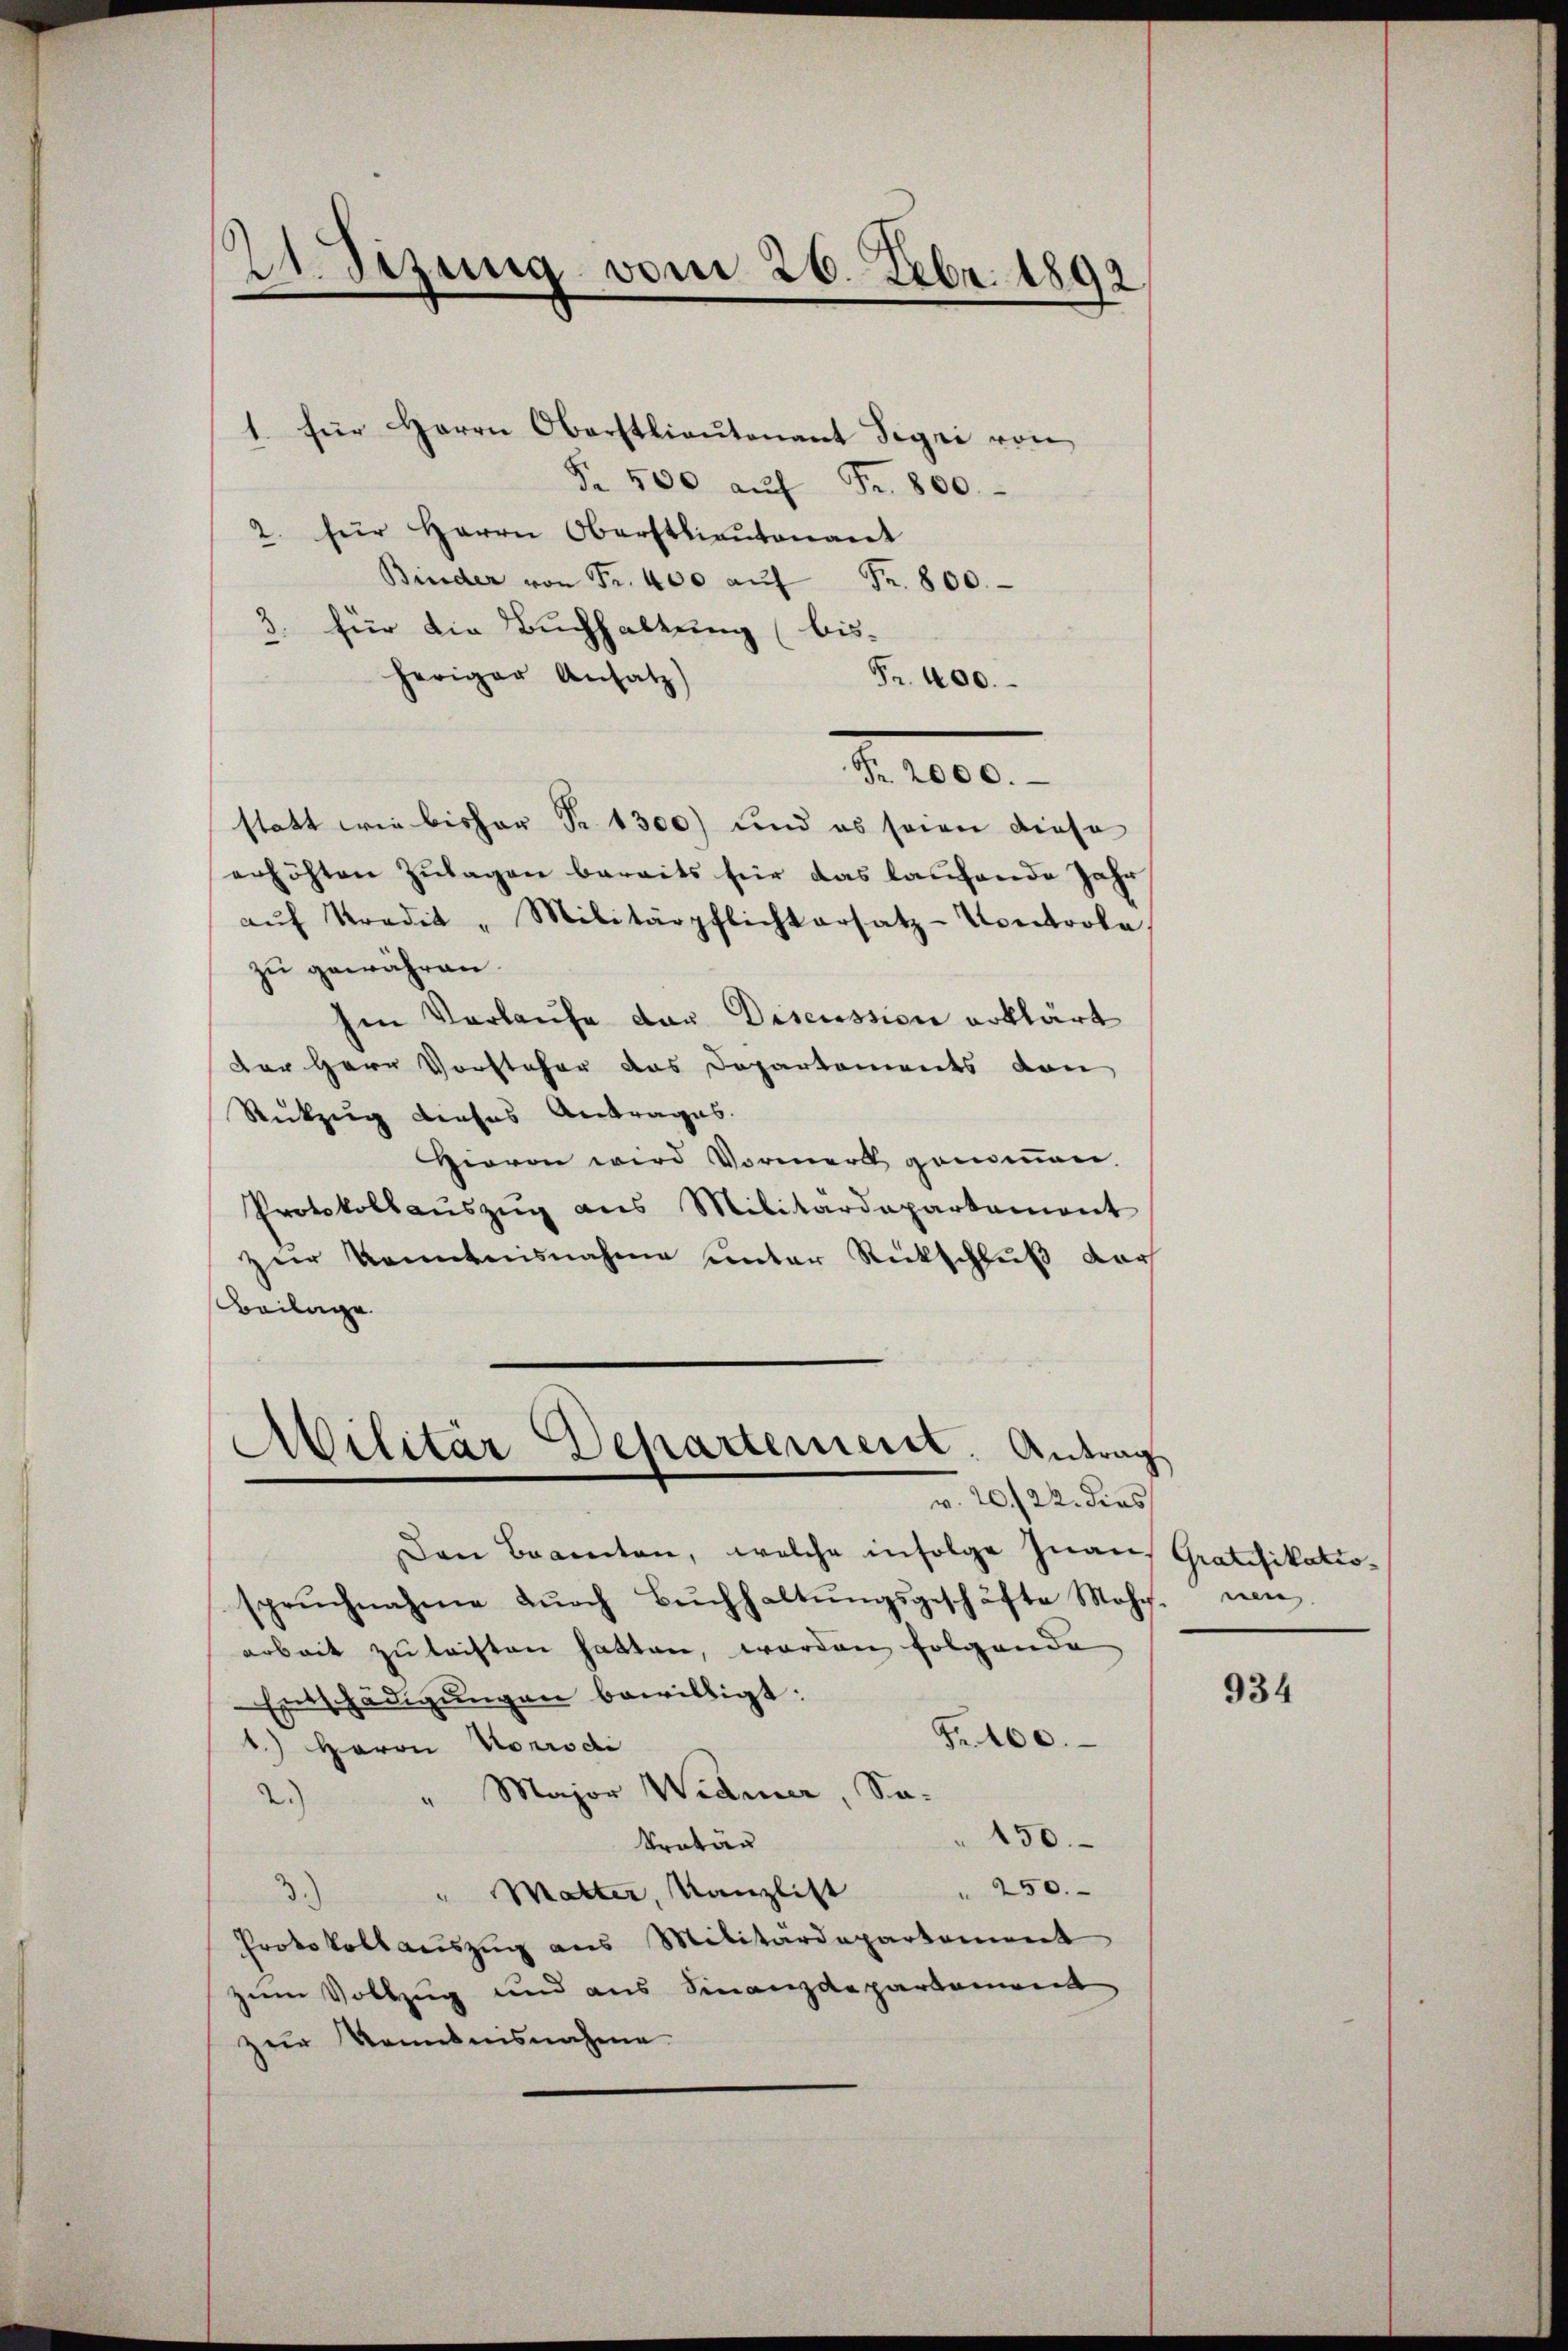
21. Sizung vom 26. Febr. 1892

Nr. 500 aŭf Fr. 800.
2. für Herrn Oberstlieutnant
Binder von Fr. 400 aŭf Fr. 800.
3. für die Buchhaltung (bisheriger Ansatz)
Fr. 400.
Trece
statt wie bisher Fr. 1300) und es seien diese
erhöhten Zulagen bereits für das laufende Jahr
aŭf Kredit "Militärpflichtersatz-Controle,
zŭ gewähren.
Ien Vorlaufe der Discussion erklärt
der Herr Vorsteher das Departements von
Rükzug dieses Antrages.
Hievon wird Vormerk genommen.
Protokollaŭszŭg ans Militärdepartement
zur Kenntnisnahme unter Rückschluß der
Beilage
)
Militar Departement. Antrag

1. für Herrn Oberstlieutenant Sigri von

v. 20./22. dies

Den Beamten, welche infolge Inans Gratifikatiosprŭchnahme dŭrch Bŭchhaltŭngsgeschäfte Mohs. nen
arbeit zu leisten hatten, worden folgende
Entschädigŭngen bewilligt:
Fr. 100.
1.) Herrn Norrodi
Major Widmer, Sa-
a
2.)
150.
kretär
 250.
Matter, Kanzlist
.)
Protokollauszug aus Militärdepartement
zum Vollzug und aus Finanzdepartement
zur Kenntnisnahme

934